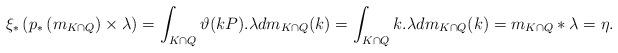
LaTeX: \begin{align*}\xi_{\ast}\left(p_{\ast}\left(m_{K\cap Q}\right)\times\lambda\right)=\int_{K\cap Q}\vartheta(kP).\lambda dm_{K\cap Q}(k)=\int_{K\cap Q}k.\lambda dm_{K\cap Q}(k)=m_{K\cap Q}\ast\lambda=\eta.\end{align*}